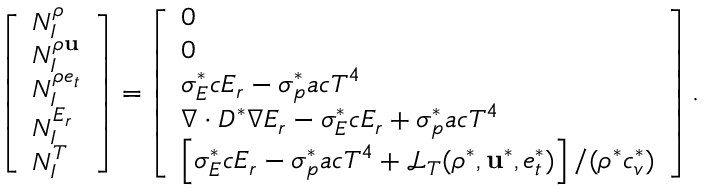
\left[ \begin{array} { l } { N _ { I } ^ { \rho } } \\ { N _ { I } ^ { \rho \mathbf { u } } } \\ { N _ { I } ^ { \rho e _ { t } } } \\ { N _ { I } ^ { E _ { r } } } \\ { N _ { I } ^ { T } } \end{array} \right] = \left[ \begin{array} { l } { 0 } \\ { 0 } \\ { \sigma _ { E } ^ { * } c E _ { r } - \sigma _ { p } ^ { * } a c T ^ { 4 } } \\ { \nabla \cdot D ^ { * } \nabla E _ { r } - \sigma _ { E } ^ { * } c E _ { r } + \sigma _ { p } ^ { * } a c T ^ { 4 } } \\ { \left[ \sigma _ { E } ^ { * } c E _ { r } - \sigma _ { p } ^ { * } a c T ^ { 4 } + \mathcal { L } _ { T } ( \rho ^ { * } , \mathbf { u } ^ { * } , e _ { t } ^ { * } ) \right] / ( \rho ^ { * } c _ { v } ^ { * } ) } \end{array} \right] .